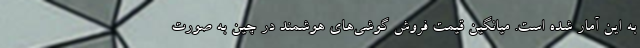
به این آمار شده است. میانگین قیمت فروش گوشی‌های هوشمند در چین به صورت